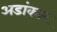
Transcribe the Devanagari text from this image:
अडांकार